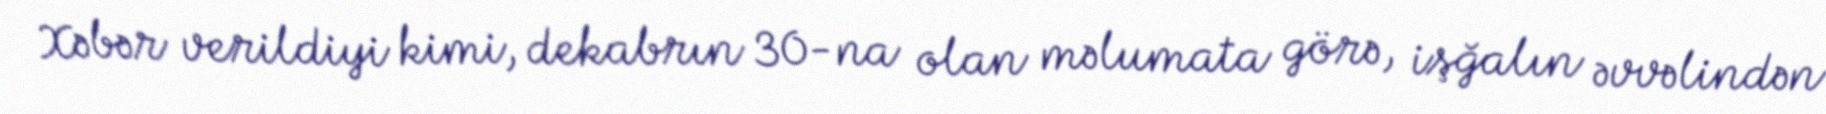
Xəbər verildiyi kimi, dekabrın 30-na olan məlumata görə, işğalın əvvəlindən